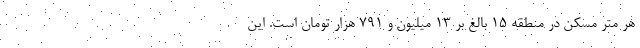
هر متر مسکن در منطقه ۱۵ بالغ بر ۱۳ میلیون و ۷۹۱ هزار تومان است. این